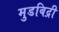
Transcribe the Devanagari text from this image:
मुडबिद्री